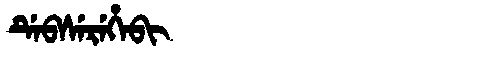
Manchu: ᡩᡝᠪᠰᡝᡵᡝᡥᡝᠪᡳ
Romanization: DEBSEREHEBI